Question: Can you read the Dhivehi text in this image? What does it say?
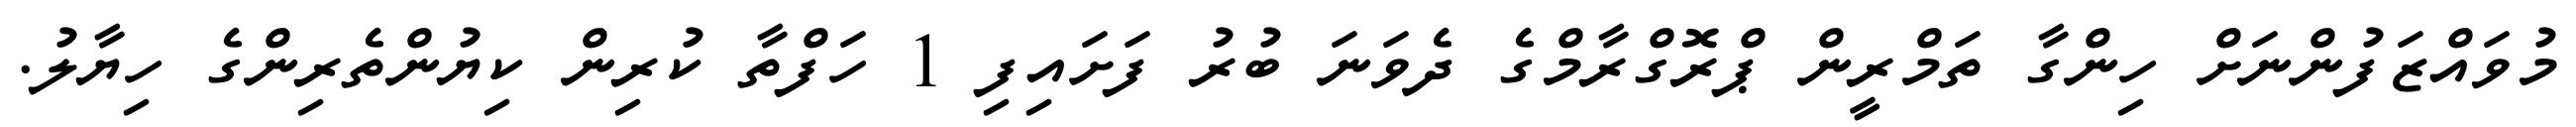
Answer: މުވައްޒަފުންނަށް ހިންގާ ތަމްރީން ޕްރޮގްރާމްގެ ދެވަނަ ބުރު ފަށައިފި 1 ހަފްތާ ކުރިން ކިޔުންތެރިންގެ ހިޔާލު.